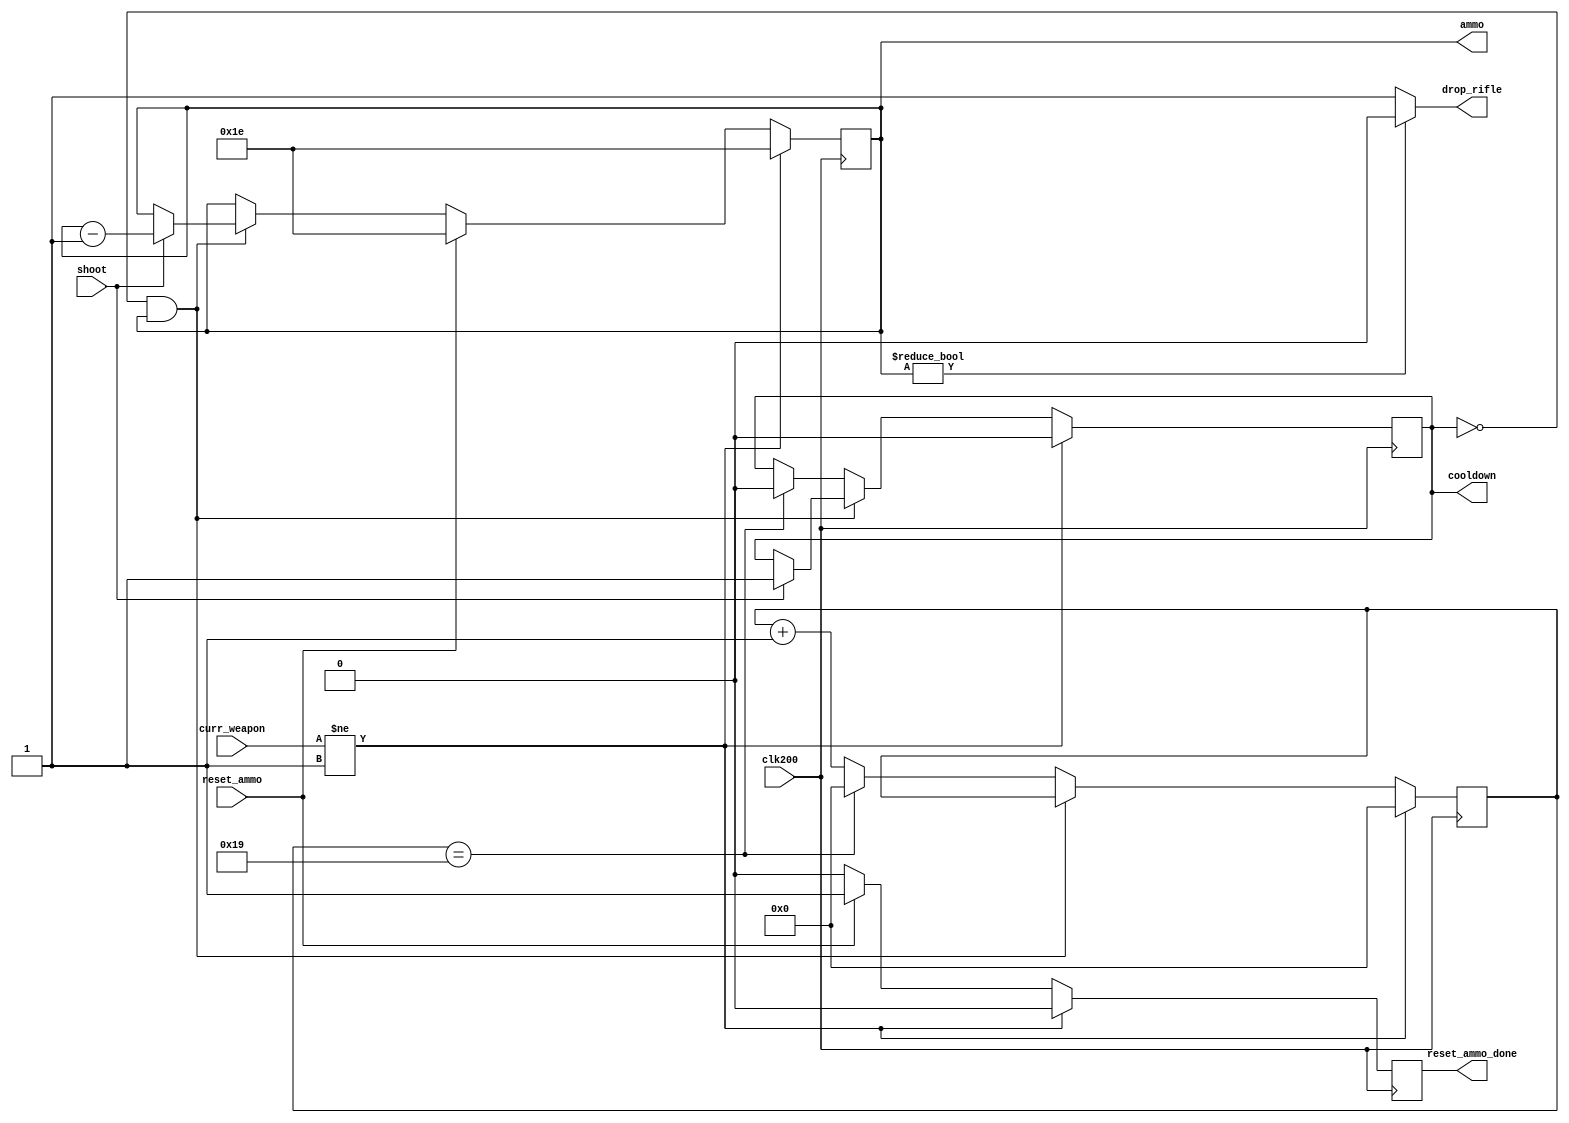
`timescale 1ns / 1ps
//////////////////////////////////////////////////////////////////////////////////
// Company: 
// Engineer: 
// 
// Design Name: 
// Module Name: rifle_module
// Project Name: 
// Target Devices: 
// Tool Versions: 
// Description: 
// 
// Dependencies: 
// 
// Revision:
// Revision 0.01 - File Created
// Additional Comments:
// 
//////////////////////////////////////////////////////////////////////////////////


module rifle_module(
    input clk200, shoot, reset_ammo,
    input [1:0] curr_weapon,
    output reg cooldown = 0,
    output drop_rifle,
    output reg reset_ammo_done = 0,
    output reg [4:0] ammo = 30
);

    reg [4:0] COUNT = 0;
    
    assign drop_rifle = ammo ? 0 : 1;
    
    always @(posedge clk200) begin
        if (curr_weapon != 1) begin
            cooldown <= 0;
            ammo <= 30;
            COUNT <= 0;
            reset_ammo_done <= 0;
        end
        else begin
            if (!cooldown && ammo) begin
                if (shoot) begin
                    cooldown <= 1;
                    ammo <= ammo - 1;
                end
            end
            else begin
                COUNT <= COUNT == 25 ? COUNT : COUNT + 1;
                if (COUNT == 25) begin
                    cooldown <= 0;
                    COUNT <= 0;
                end
            end
            
            if (reset_ammo) begin
                ammo <= 30;
                reset_ammo_done <= 1;
            end
            else begin
                reset_ammo_done <= 0;
            end
        end
    end
    
endmodule